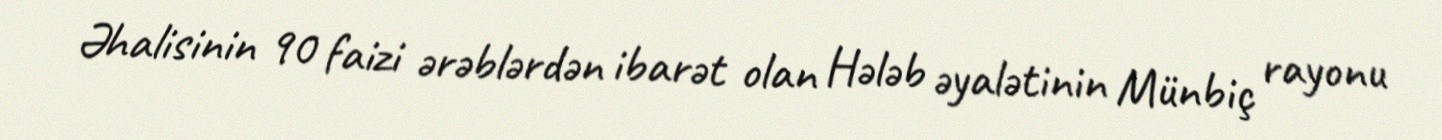
Əhalisinin 90 faizi ərəblərdən ibarət olan Hələb əyalətinin Münbiç rayonu